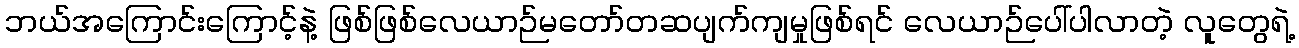
ဘယ်အကြောင်းကြောင့်နဲ့ ဖြစ်ဖြစ်လေယာဉ်မတော်တဆပျက်ကျမှုဖြစ်ရင် လေယာဉ်ပေါ်ပါလာတဲ့ လူတွေရဲ့